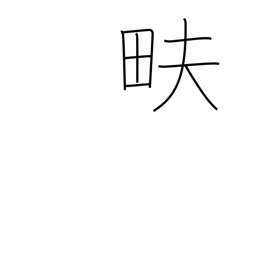
Meaning: till